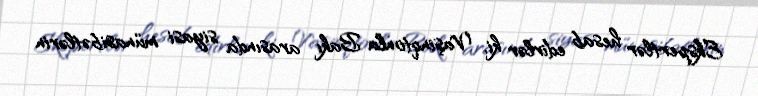
Ekspertlər hesab edirlər ki, Vaşinqtonla Bakı arasında siyasi münasibətlərin